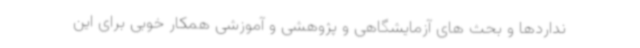
نداردها و بحث های آزمایشگاهی و پژوهشی و آموزشی همکار خوبی برای این